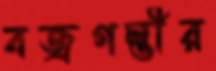
বজ্রগম্ভীর